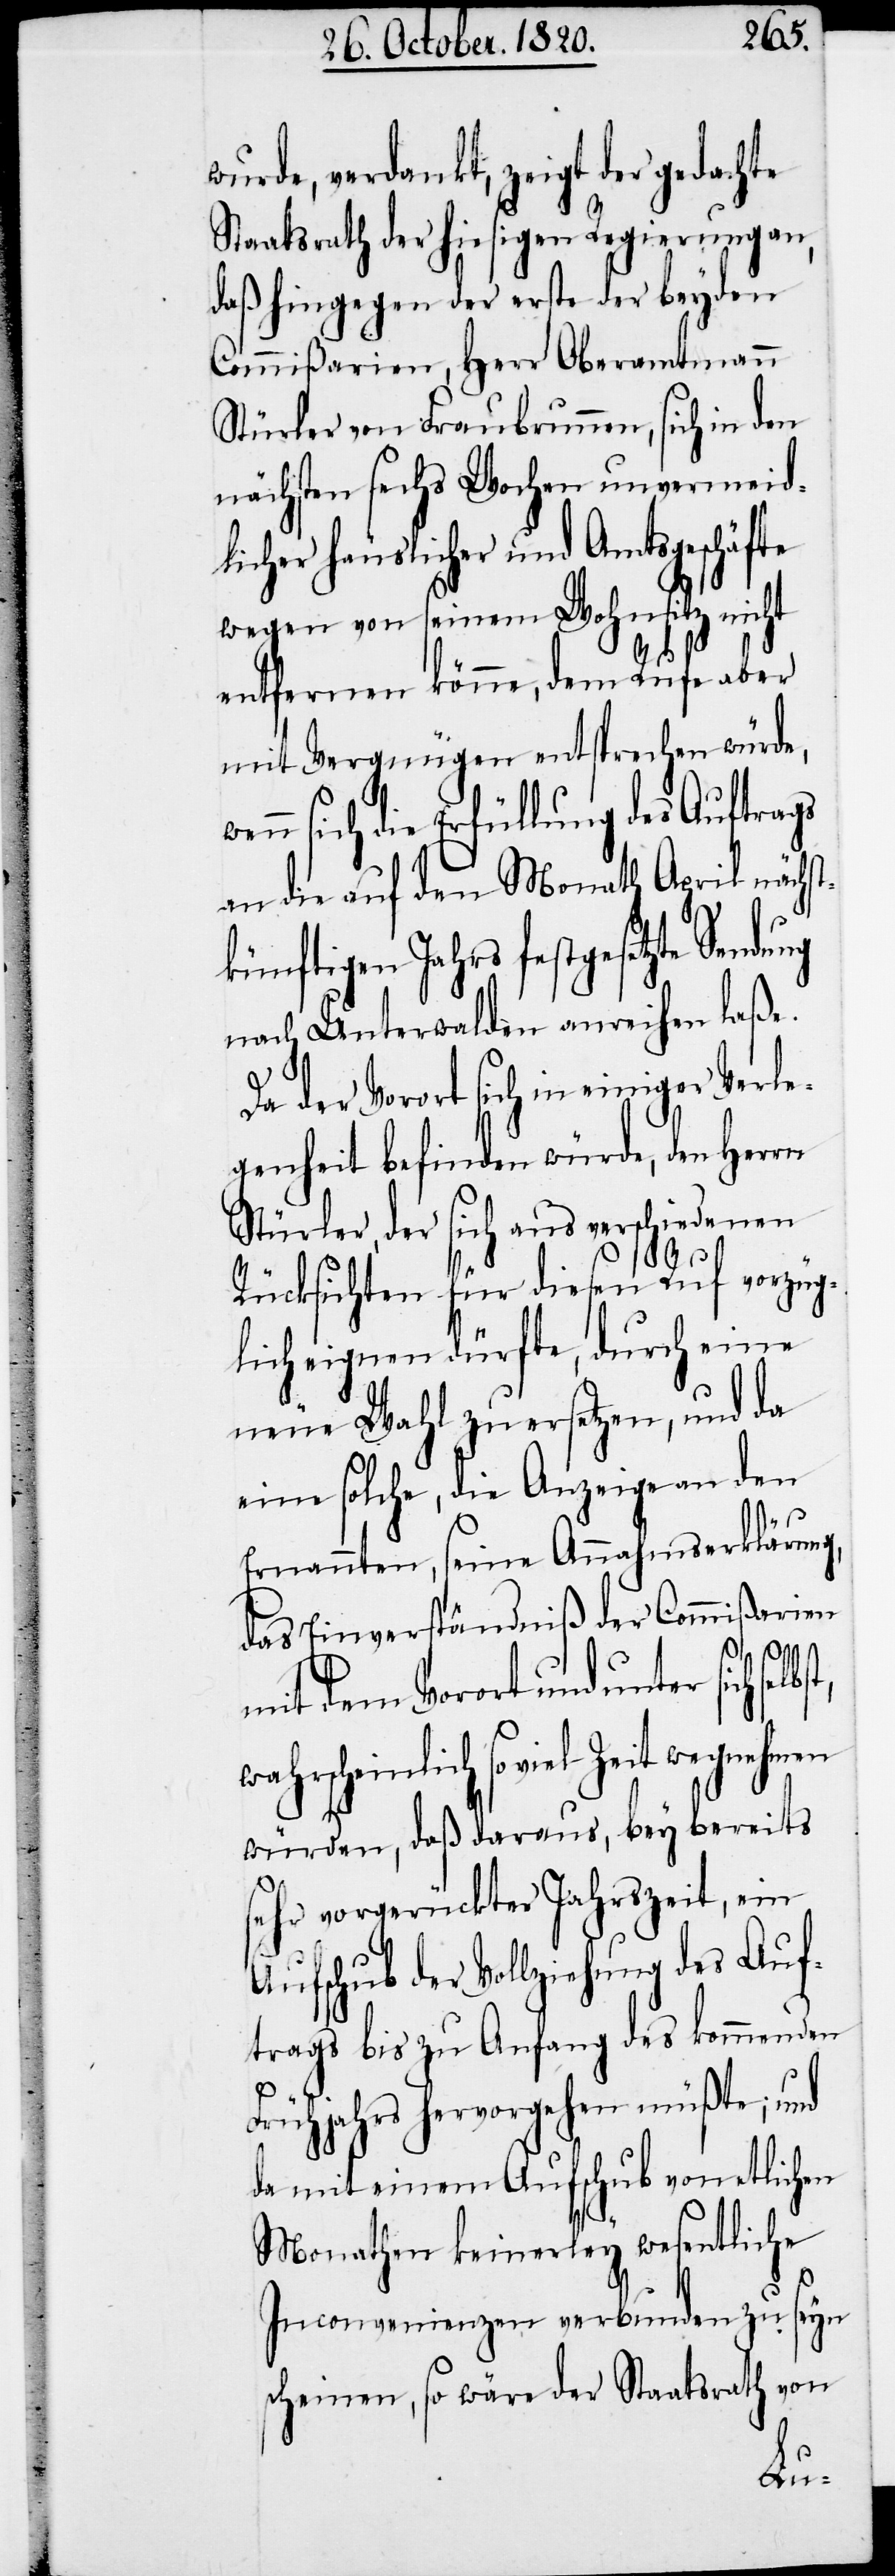
wurde, verdankt, zeigt der gedachte
Staatsrath der hiesigen Regierung an,
daß hingegen der erste der beyden
Comißarien, Herr Oberamtmann
Stürler von Fraubrunnen, sich in den
nächsten sechs Wochen unvermeid¬
licher häuslicher und Amtsgeschäfte
wegen von seinem Wohnsitz nicht
entfernen könne, dem Rufe aber
mit Vergnügen entsprechen würde,
wenn sich die Erfüllung des Auftrags
an die auf den Monath April nächst¬
künftigen Jahres festgesetzte Sendu¬
nach Unterwalden anreihen laße.
Da der Vorort sich in einiger Verle¬
genheit befinden würde, den
Stürler, der sich aus verschiedenen
Rücksichten für diesen Ruf vorzüg¬
lich eignen dürfte, durch eine
neue Wahl zu ersetzen, und das
eine solche, die Anzeige an den
Ernannten, seine Annahmserklärung,
das Einverständniß der Commißarien
ng
mit dem Vorort und unter sich sel¬
scheinlich so viel Zeit wegnehmen
würden, daß daraus, bey bereits
sehr vorgerückter Jahreszeit, ein
Aufschub der Vollziehung des Auf¬
trags bis zu Anfang des kommenden
Frühjahrs hervorgehen müßte; und
da mit einem Aufschub von etlichen
Monathen keinerley wesentliche
Inconvenienzen verbunden zu seyn
scheinen, so wäre der Staatsrath von
wahr¬